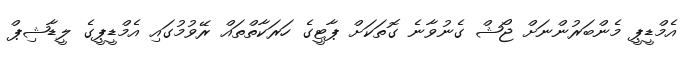
އެމްޑީޕީ މެންބަރުންނަށް ޖޯޝް ގެނުވާނެ ގޮތަކަށް ޕާޓީގެ ހަރަކާތްތައް ރޭވުމުގައި އެމްޑީޕީގެ ލީޑާޝިޕް